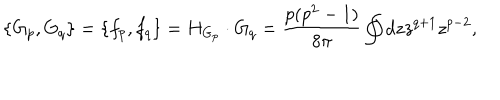
\{ G _ { p } , G _ { q } \} = \{ f _ { p } , f _ { q } \} = H _ { G _ { p } } \cdot G _ { q } = { \frac { p ( p ^ { 2 } - 1 ) } { 8 \pi } } \oint d z z ^ { q + 1 } z ^ { p - 2 } ,